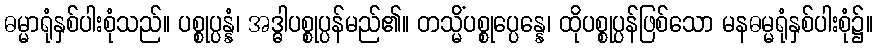
ဓမ္မာရုံနှစ်ပါးစုံသည်။ ပစ္စုပ္ပန္နံ၊ အဒ္ဓါပစ္စုပ္ပန်မည်၏။ တသ္မိံပစ္စုပ္ပေန္နေ၊ ထိုပစ္စုပ္ပန်ဖြစ်သော မနဓမ္မရုံနှစ်ပါးစုံ၌။